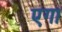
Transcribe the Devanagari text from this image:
एगा